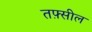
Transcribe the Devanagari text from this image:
तफ़्सील